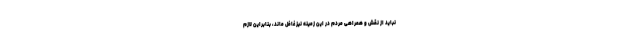
نباید از نقش و همراهی مردم در این زمینه نیز غافل ماند، بنابراین لازم